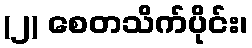
(၂) စေတသိက်ပိုင်း၊